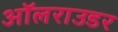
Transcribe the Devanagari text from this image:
ऑलराउडर